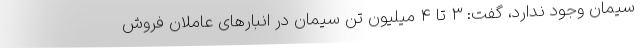
سیمان وجود ندارد، گفت: ۳ تا ۴ میلیون تن سیمان در انبارهای عاملان فروش